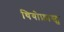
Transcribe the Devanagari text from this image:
थियोफ्रास्ट्स